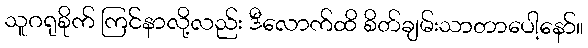
သူဂရုစိုက် ကြင်နာလို့လည်း ဒီလောက်ထိ စိတ်ချမ်းသာတာပေါ့နော်။